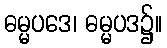
ဓမ္မပဒေ၊ ဓမ္မပဒ၌။